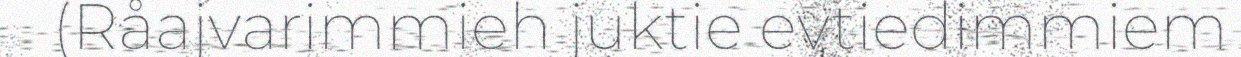
(Råajvarimmieh juktie evtiedimmiem